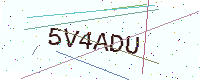
Text: 5V4ADU